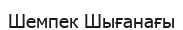
Шемпек Шығанағы